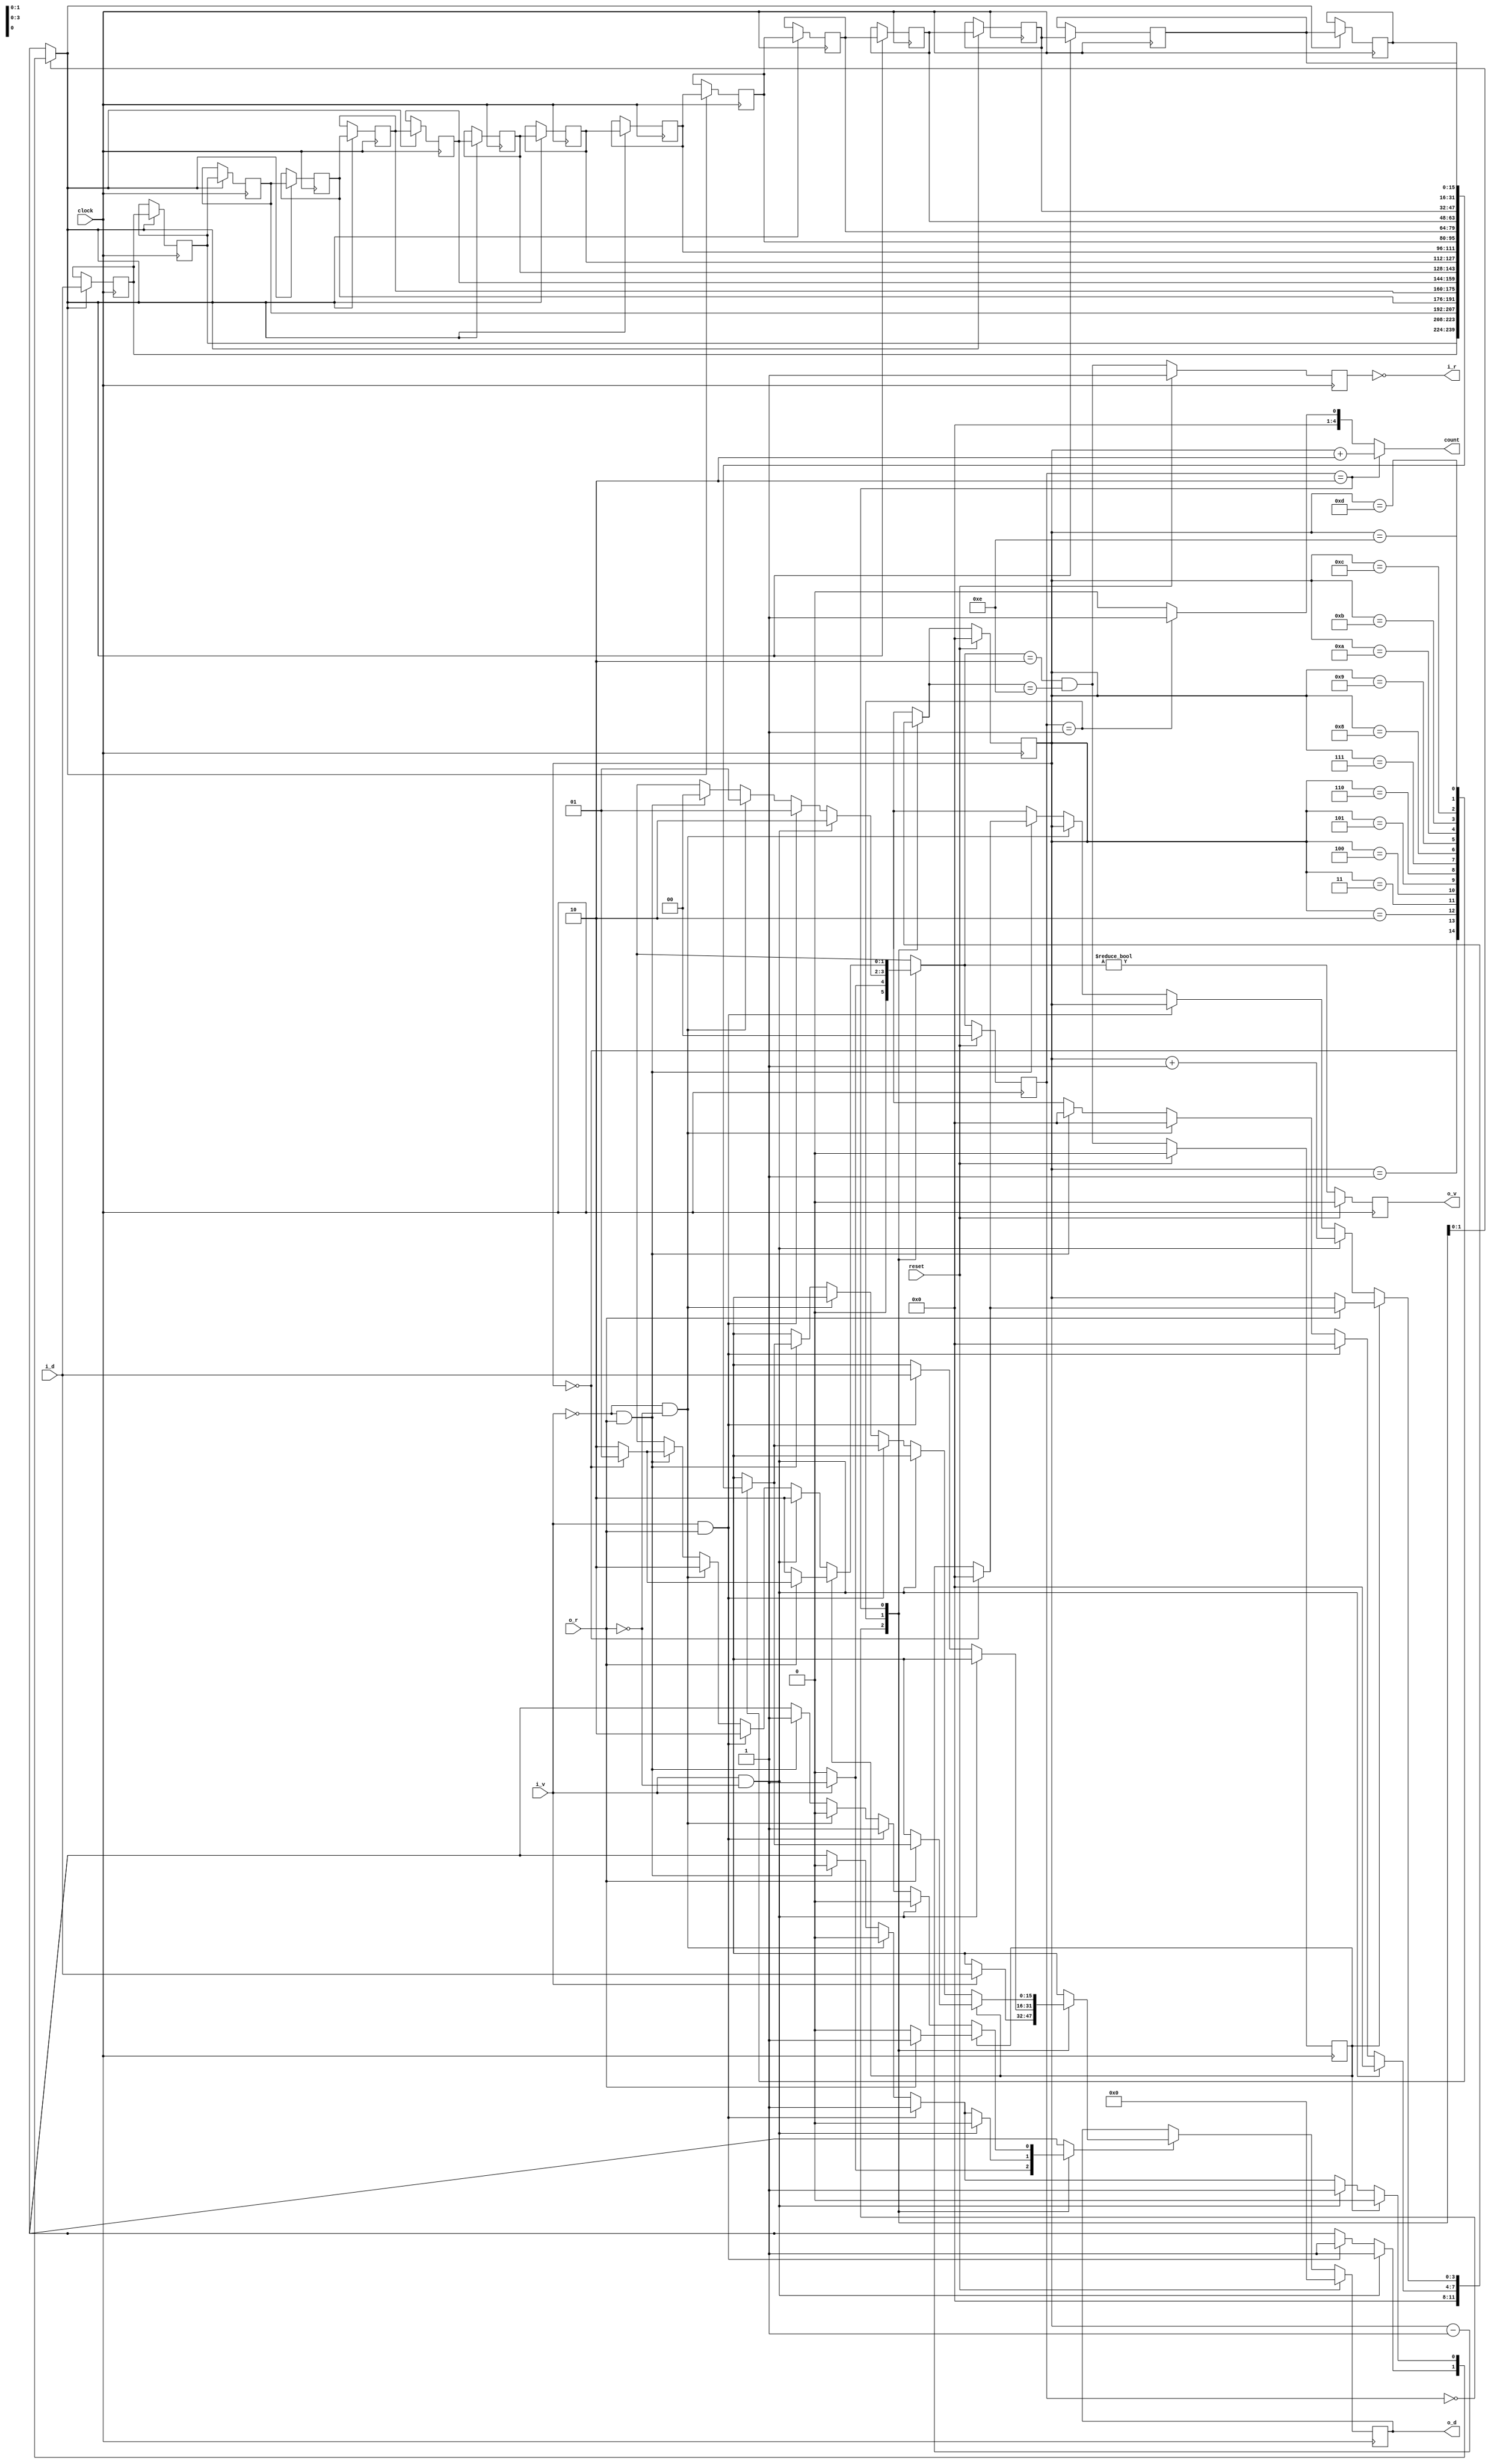
// original source:
// https://github.com/nachiket/tdfc/blob/master/verilog/queues/Q_srl_oreg3_prefull_SIMPLE.v


// Copyright (c) 1999 The Regents of the University of California
// Copyright (c) 2010 The Regents of the University of Pennsylvania
// Copyright (c) 2011 Department of Electrical and Electronic Engineering, Imperial College London
// Copyright (c) 2020 Xilinx
//
// Permission to use, copy, modify, and distribute this software and
// its documentation for any purpose, without fee, and without a
// written agreement is hereby granted, provided that the above copyright
// notice and this paragraph and the following two paragraphs appear in
// all copies.
//
// IN NO EVENT SHALL THE UNIVERSITY OF CALIFORNIA BE LIABLE TO ANY PARTY FOR
// DIRECT, INDIRECT, SPECIAL, INCIDENTAL, OR CONSEQUENTIAL DAMAGES, INCLUDING
// LOST PROFITS, ARISING OUT OF THE USE OF THIS SOFTWARE AND ITS DOCUMENTATION,
// EVEN IF THE UNIVERSITY OF CALIFORNIA HAS BEEN ADVISED OF THE POSSIBILITY OF
// SUCH DAMAGE.
//
// THE UNIVERSITY OF CALIFORNIA SPECIFICALLY DISCLAIMS ANY WARRANTIES,
// INCLUDING, BUT NOT LIMITED TO, THE IMPLIED WARRANTIES OF MERCHANTABILITY
// AND FITNESS FOR A PARTICULAR PURPOSE. THE SOFTWARE PROVIDED HEREUNDER IS ON
// AN "AS IS" BASIS, AND THE UNIVERSITY OF CALIFORNIA HAS NO OBLIGATIONS TO
// PROVIDE MAINTENANCE, SUPPORT, UPDATES, ENHANCEMENTS, OR MODIFICATIONS.
//

// Q_srl_oreg3_prefull_SIMPLE.v
//
//  - In-page queue with parameterizable depth, bit width
//  - Stream I/O is triple (data, valid, back-pressure),
//      with EOS concatenated into the data
//  - Flow control for input & output is combinationally decoupled
//  - 2 <= depth <= 256
//      * (depth >= 2)  is required to decouple I/O flow control,
//          where empty => no produce,  full => no consume,
//          and depth 1 would ping-pong between the two at half rate
//      * (depth <= 256) can be modified
//           by changing ''synthesis loop_limit X'' below
//          and changing ''addrwidth'' or its log computation
//  - 1 <= width
//  - Queue storage is in SRL16E, up to depth 16 per LUT per bit-slice,
//      plus output register (for fast output)
//  - Queue addressing is done by ''addr'' up-down counter
//  - Queue fullness is checked by comparator (addr==depth)
//  - Queue fullness                           is pre-computed for next cycle
//  - Queue input back-pressure                is pre-computed for next cycle
//  - Queue output valid (state!=state__empty) is pre-computed for next cycle
//      (necessary since SRL data output reg requires non-boolean state)
//  - FSM has 3 states (empty, one, more)
//  - When empty, continue to emit most recently emitted value (for debugging)
//
//  - Queue slots used      = / (state==state_empty) ? 0
//                            | (state==state_one)   ? 1
//                            \ (state==state_more)  ? addr+2
//  - Queue slots used     <=  depth
//  - Queue slots remaining =  depth - used
//                          = / (state==state_empty) ? depth
//                            | (state==state_one)   ? depth-1
//                            \ (state==state_more)  ? depth-2-addr
//
//  - Synplify 7.1 / 8.0
//  - Eylon Caspi,  9/11/03, 8/18/04, 3/29/05


`ifdef  Q_srl
`else
`define Q_srl


module Q_srl (clock, reset, i_d, i_v, i_r, o_d, o_v, o_r, count);

   parameter depth = 16;   // - greatest #items in queue  (2 <= depth <= 256)
   parameter width = 16;   // - width of data (i_d, o_d)

   parameter addrwidth = $clog2(depth);

   input     clock;
   input     reset;

   input  [width-1:0] i_d;	// - input  stream data (concat data + eos)
   input              i_v;	// - input  stream valid
   output             i_r;	// - input  stream ready
   wire               i_b;  // - input  stream back-pressure

   output [width-1:0] o_d;	// - output stream data (concat data + eos)
   output             o_v;	// - output stream valid
   input              o_r;	// - output stream ready
   wire               o_b;	// - output stream back-pressure

   output [addrwidth:0] count;  // - output number of elems in queue

   reg    [addrwidth-1:0] addr, addr_, a_;		// - SRL16 address
							//     for data output
   reg 			  shift_en_;			// - SRL16 shift enable
   reg    [width-1:0] 	  srl [depth-2:0];		// - SRL16 memory
   reg 			  shift_en_o_;			// - SRLO  shift enable
   reg    [width-1:0] 	  srlo_, srlo			// - SRLO  output reg
			  /* synthesis syn_allow_retiming=0 */ ;

   parameter state_empty = 2'd0;    // - state empty : o_v=0 o_d=UNDEFINED
   parameter state_one   = 2'd1;    // - state one   : o_v=1 o_d=srlo
   parameter state_more  = 2'd2;    // - state more  : o_v=1 o_d=srlo
				    //     #items in srl = addr+2

   reg [1:0] state, state_;	    // - state register

   wire      addr_full_;	    // - true iff addr==depth-2 on NEXT cycle
   reg       addr_full; 	    // - true iff addr==depth-2
   wire      addr_zero_;	    // - true iff addr==0
   wire      o_v_reg_;		    // - true iff state_empty   on NEXT cycle
   reg       o_v_reg  		    // - true iff state_empty
	     /* synthesis syn_allow_retiming=0 */ ;
   wire      i_b_reg_;		    // - true iff !full         on NEXT cycle
   reg       i_b_reg  		    // - true iff !full
	     /* synthesis syn_allow_retiming=0 */ ;

   assign addr_full_ = (state_==state_more) && (addr_==depth-2);
						// - queue full
   assign addr_zero_ = (addr==0);		// - queue contains 2 (or 1,0)
   assign o_v_reg_   = (state_!=state_empty);	// - output valid if non-empty
   assign i_b_reg_   = addr_full_;		// - input bp if full
   assign o_d = srlo;				// - output data from queue
   assign o_v = o_v_reg;			// - output valid if non-empty
   assign i_b = i_b_reg;			// - input bp if full

   assign i_r = !i_b;
   assign o_b = !o_r;

   assign count = (state==state_more ? addr+2 : (state==state_one ? 1 : 0));

   // - ''always'' block with both FFs and SRL16 does not work,
   //      since FFs need reset but SRL16 does not

   always @(posedge clock) begin	// - seq always: FFs
      if (reset) begin
	 state     <= state_empty;
	 addr      <= 0;
         addr_full <= 0;
	 o_v_reg   <= 0;
	 i_b_reg   <= 1;
      end
      else begin
	 state     <= state_;
	 addr      <= addr_;
         addr_full <= addr_full_;
	 o_v_reg   <= o_v_reg_;
	 i_b_reg   <= i_b_reg_;
      end
   end // always @ (posedge clock)

   always @(posedge clock) begin	// - seq always: srlo
      // - infer enabled output reg at end of shift chain
      // - input first element from i_d, all subsequent elements from SRL16
      if (reset) begin
	 srlo <= 0;
      end
      else begin
	 if (shift_en_o_) begin
	    srlo <= srlo_;
	 end
      end
   end // always @ (posedge clock)

   always @(posedge clock) begin			// - seq always: srl
      // - infer enabled SRL16E from shifting srl array
      // - no reset capability;  srl[] contents undefined on reset
      if (shift_en_) begin
	 // synthesis loop_limit 256
	 for (a_=depth-2; a_>0; a_=a_-1) begin
	    srl[a_] = srl[a_-1];
	 end
	 srl[0] <= i_d;
      end
   end // always @ (posedge clock or negedge reset)

   always @* begin					// - combi always
        srlo_       <=  'bx;
        shift_en_o_ <= 1'bx;
        shift_en_   <= 1'bx;
        addr_       <=  'bx;
        state_      <= 2'bx;
      case (state)

	state_empty: begin		    // - (empty, will not produce)
	      if (i_v) begin		    // - empty & i_v => consume
		 srlo_       <= i_d;
		 shift_en_o_ <= 1;
		 shift_en_   <= 1'bx;
		 addr_       <= 0;
		 state_      <= state_one;
	      end
	      else	begin		    // - empty & !i_v => idle
		 srlo_       <= 'bx;
		 shift_en_o_ <= 0;
		 shift_en_   <= 1'bx;
		 addr_       <= 0;
		 state_      <= state_empty;
	      end
	end

	state_one: begin		    // - (contains one)
	      if (i_v && o_b) begin	    // - one & i_v & o_b => consume
		 srlo_       <= 'bx;
		 shift_en_o_ <= 0;
		 shift_en_   <= 1;
		 addr_       <= 0;
		 state_      <= state_more;
	      end
	      else if (i_v && !o_b) begin   // - one & i_v & !o_b => cons+prod
		 srlo_       <= i_d;
		 shift_en_o_ <= 1;
		 shift_en_   <= 1;
		 addr_       <= 0;
		 state_      <= state_one;
	      end
	      else if (!i_v && o_b) begin   // - one & !i_v & o_b => idle
		 srlo_       <= 'bx;
		 shift_en_o_ <= 0;
		 shift_en_   <= 1'bx;
		 addr_       <= 0;
		 state_      <= state_one;
	      end
	      else if (!i_v && !o_b) begin  // - one & !i_v & !o_b => produce
		 srlo_       <= 'bx;
		 shift_en_o_ <= 0;
		 shift_en_   <= 1'bx;
		 addr_       <= 0;
		 state_      <= state_empty;
	      end
	end // case: state_one

	state_more: begin		    // - (contains more than one)
	   if (addr_full || (depth==2)) begin
					    // - (full, will not consume)
					    // - (full here if depth==2)
	      if (o_b) begin		    // - full & o_b => idle
		 srlo_       <= 'bx;
		 shift_en_o_ <= 0;
		 shift_en_   <= 0;
		 addr_       <= addr;
		 state_      <= state_more;
	      end
	      else begin		    // - full & !o_b => produce
		 srlo_       <= srl[addr];
		 shift_en_o_ <= 1;
		 shift_en_   <= 0;
//		 addr_       <= addr-1;
//		 state_      <= state_more;
		 addr_       <= addr_zero_ ? 0         : addr-1;
		 state_      <= addr_zero_ ? state_one : state_more;
	      end
	   end
	   else begin			    // - (mid: neither empty nor full)
	      if (i_v && o_b) begin	    // - mid & i_v & o_b => consume
		 srlo_       <= 'bx;
		 shift_en_o_ <= 0;
		 shift_en_   <= 1;
		 addr_       <= addr+1;
		 state_      <= state_more;
	      end
	      else if (i_v && !o_b) begin   // - mid & i_v & !o_b => cons+prod
		 srlo_       <= srl[addr];
		 shift_en_o_ <= 1;
		 shift_en_   <= 1;
		 addr_       <= addr;
		 state_      <= state_more;
	      end
	      else if (!i_v && o_b) begin   // - mid & !i_v & o_b => idle
		 srlo_       <= 'bx;
		 shift_en_o_ <= 0;
		 shift_en_   <= 0;
		 addr_       <= addr;
		 state_      <= state_more;
	      end
	      else if (!i_v && !o_b) begin  // - mid & !i_v & !o_b => produce
		 srlo_       <= srl[addr];
		 shift_en_o_ <= 1;
		 shift_en_   <= 0;
		 addr_       <= addr_zero_ ? 0         : addr-1;
		 state_      <= addr_zero_ ? state_one : state_more;
	      end
	   end // else: !if(addr_full)
	end // case: state_more

	default: begin
		 srlo_       <=  'bx;
		 shift_en_o_ <= 1'bx;
		 shift_en_   <= 1'bx;
		 addr_       <=  'bx;
		 state_      <= 2'bx;
	end // case: default

      endcase // case(state)
   end // always @ *

endmodule // Q_srl


`endif  // `ifdef  Q_srl